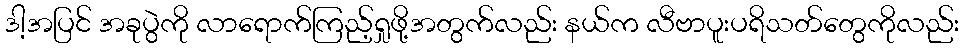
ဒါ့အပြင် အခုပွဲကို လာရောက်ကြည့်ရှုဖို့အတွက်လည်း နယ်က လီဗာပူးပရိသတ်တွေကိုလည်း